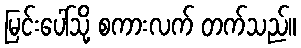
မြင်းပေါ်သို့ စကားလက် တက်သည်။